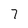
Character: 7